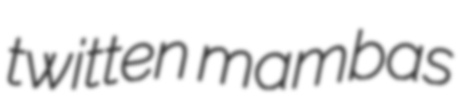
twitten mambas